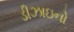
ડીઝાઇનો